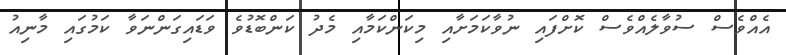
އެއްވެސް ސުވާލެއްވެސްް ކޮށްފައި ނުވާކަމަށާއި މިކަންކަމާއި މެދު ކަންބޮޑުވެ ވަޑައިގަންނަވާ ކަމުގައި މާނިއު